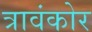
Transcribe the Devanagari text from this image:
त्रावंकोर